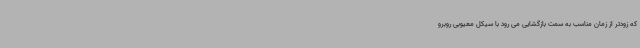
که زودتر از زمان مناسب به سمت بازگشایی می رود با سیکل معیوبی روبرو